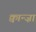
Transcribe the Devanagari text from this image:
क्वान्ज़ा